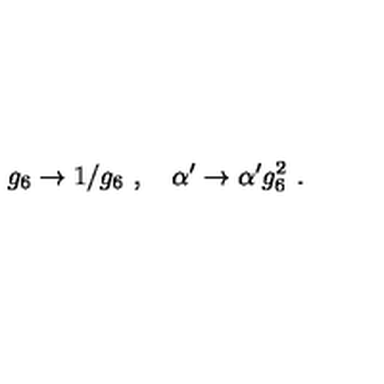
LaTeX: g _ { 6 } \rightarrow 1 / g _ { 6 } \ , \quad \alpha ^ { \prime } \rightarrow \alpha ^ { \prime } g _ { 6 } ^ { 2 } \ .